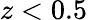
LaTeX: z<0.5